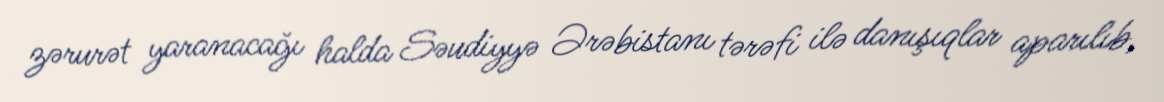
zərurət yaranacağı halda Səudiyyə Ərəbistanı tərəfi ilə danışıqlar aparılıb,